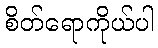
စိတ်ရောကိုယ်ပါ